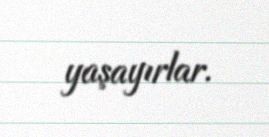
yaşayırlar.